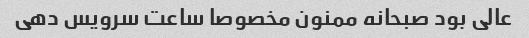
عالی بود صبحانه ممنون مخصوصا ساعت سرویس دهی